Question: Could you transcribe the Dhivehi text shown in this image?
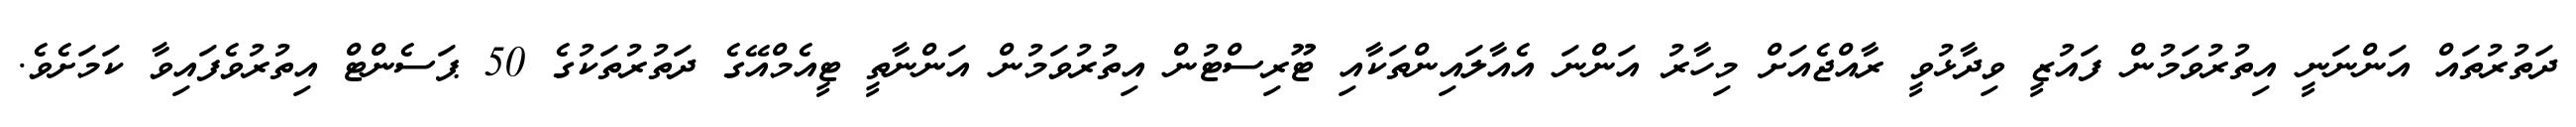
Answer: ދަތުރުތައް އަންނަނީ އިތުރުވަމުން ފައުޒީ ވިދާޅުވީ ރާއްޖެއަށް މިހާރު އަންނަ އެއާލައިންތަކާއި ޓޫރިސްޓުން އިތުރުވަމުން އަންނާތީ ޓީއެމްއޭގެ ދަތުރުތަކުގެ 50 ޕަސެންޓް އިތުރުވެފައިވާ ކަމަށެވެ.